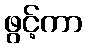
ဖွင့်ကာ